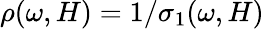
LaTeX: \rho(\omega,H)=1/\sigma_{1}(\omega,H)